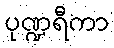
ပုဏ္ဍရီကာ